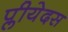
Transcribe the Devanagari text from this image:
प्लीयेदस